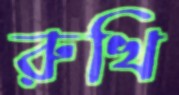
রুখি